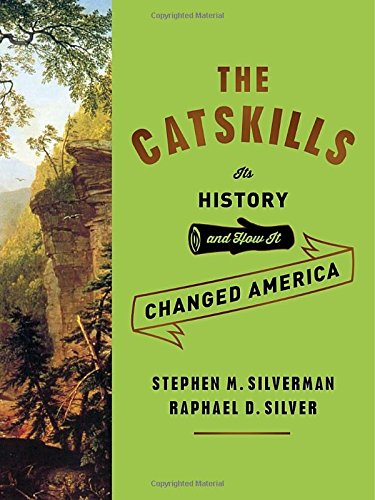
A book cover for The Catskills: Its History and How It Changed America; Stephen M. Silverman; Religion & Spirituality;